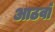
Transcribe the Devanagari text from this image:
आठवॉं